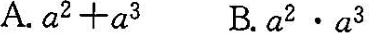
A.a^{2}+a^{3}B.a^{2}·a^{3}